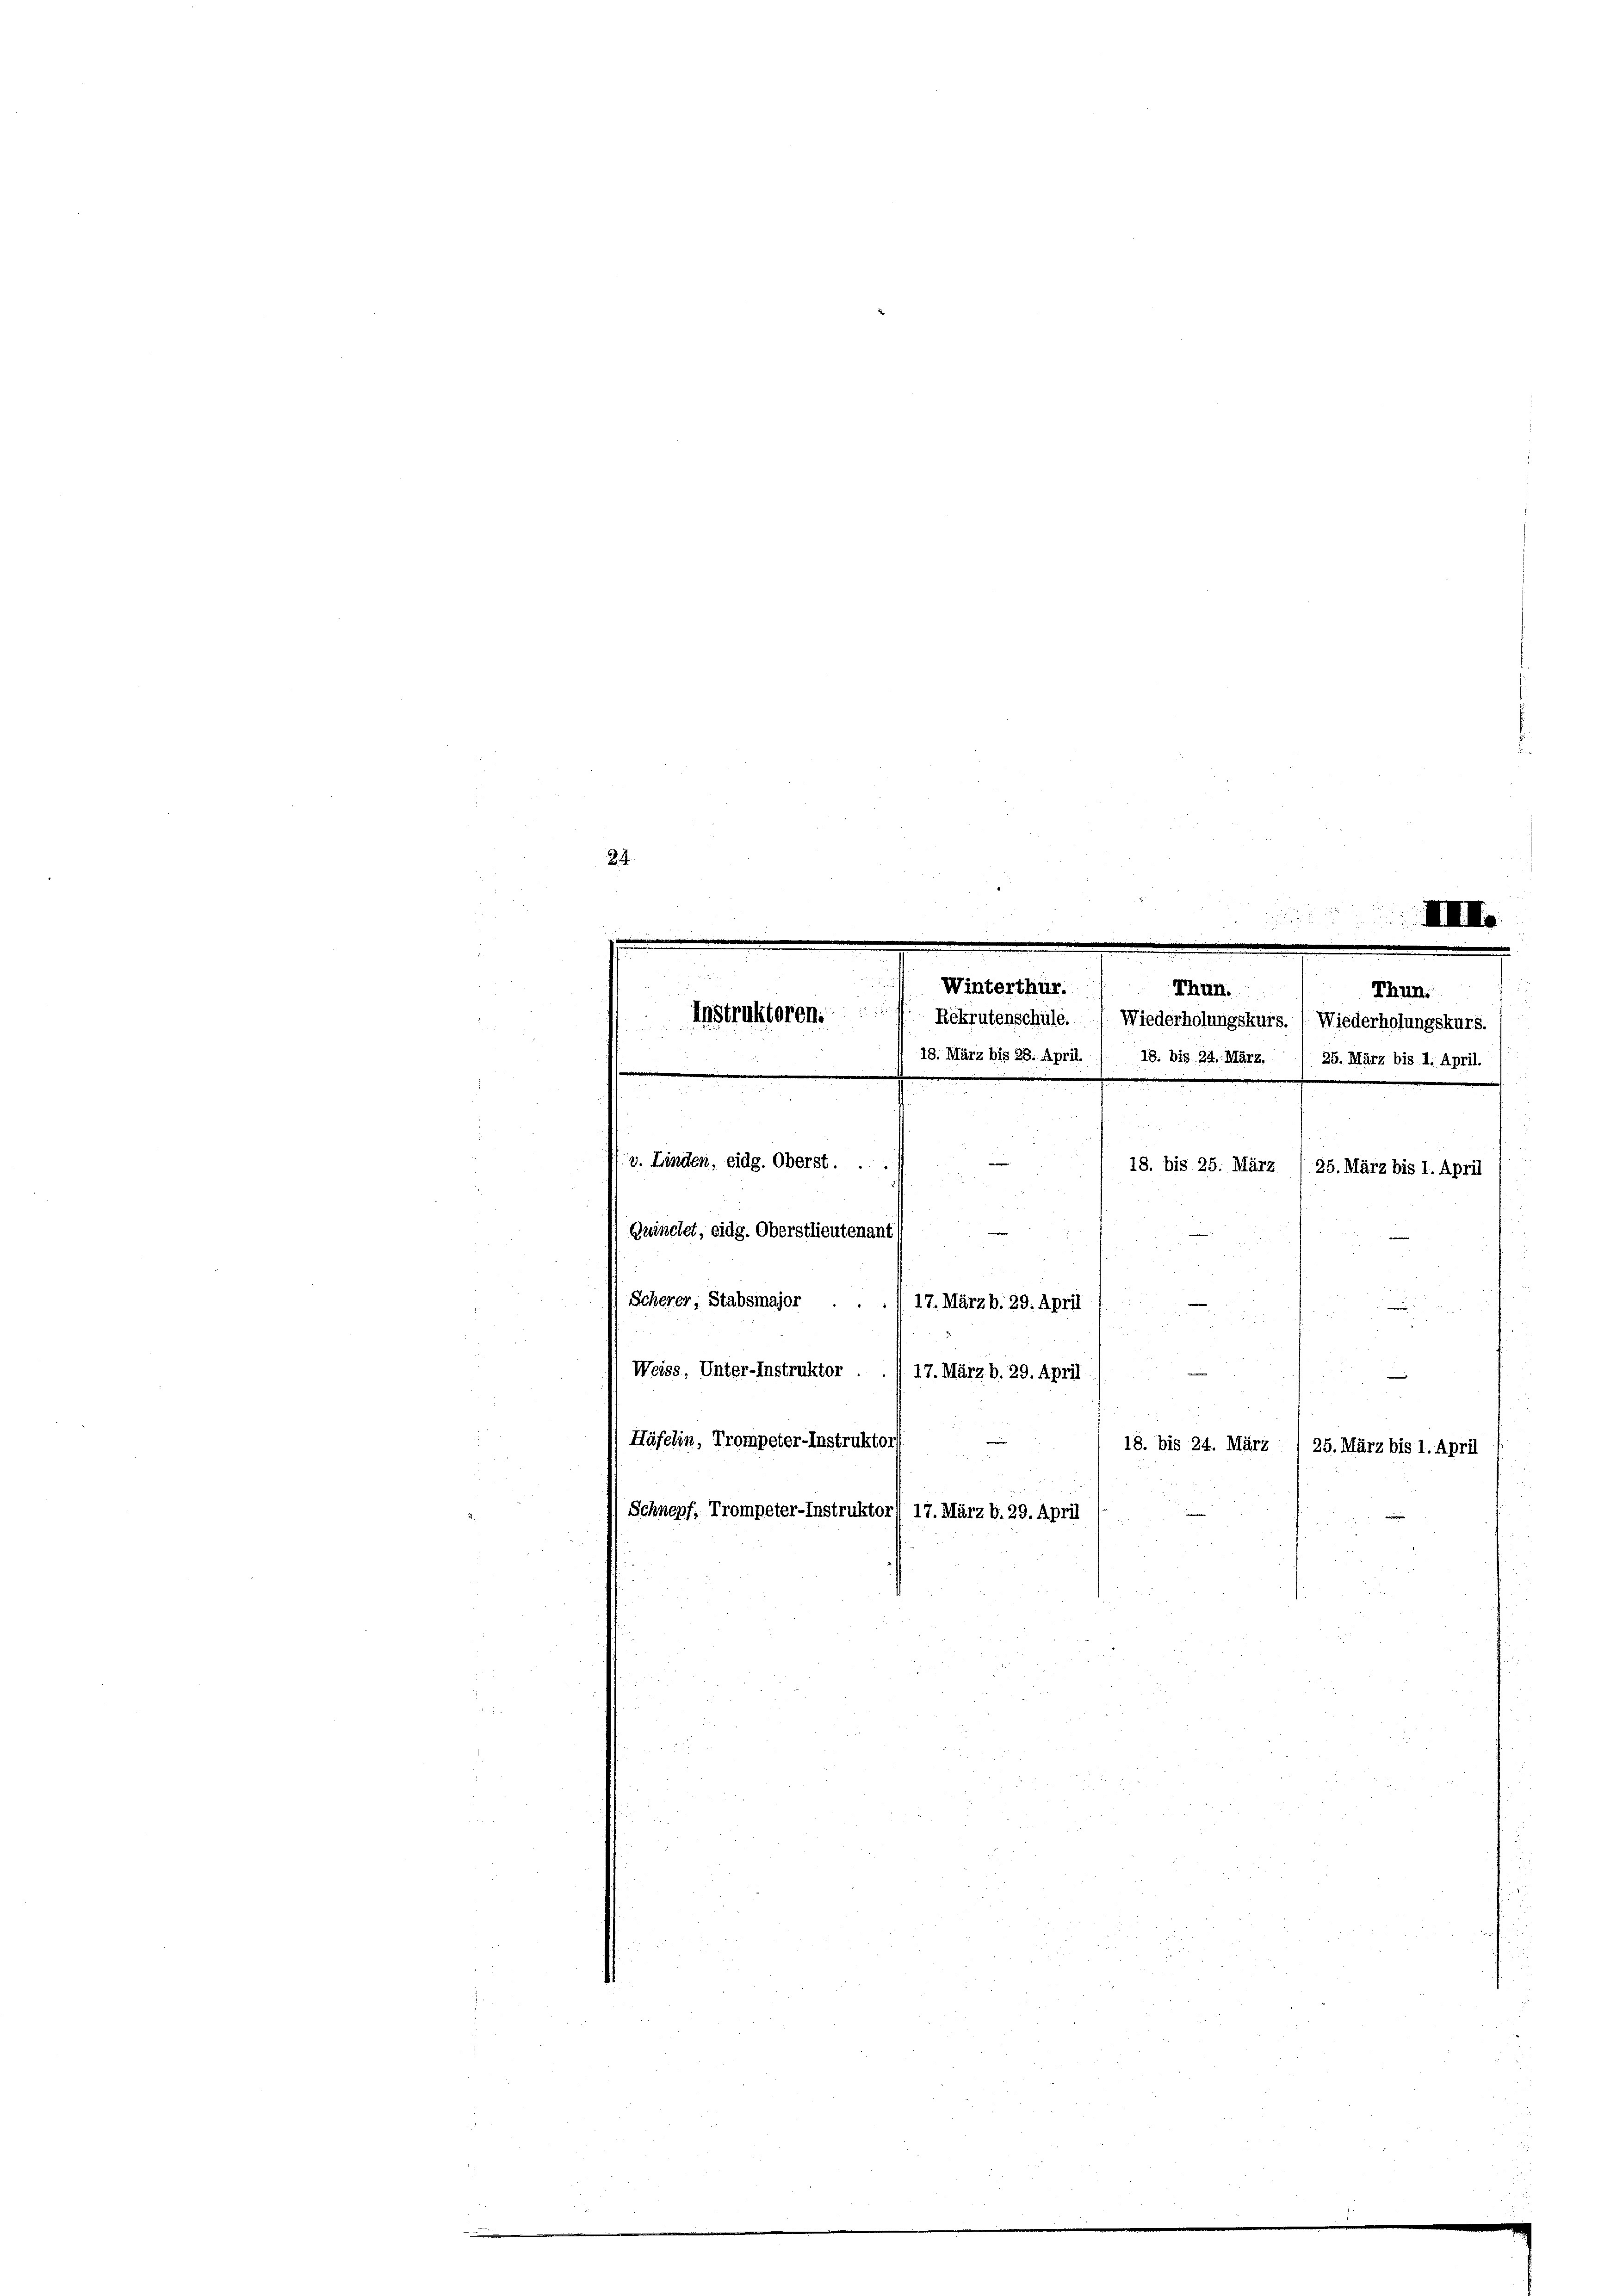
24.

Winterthur.
Thun.
Thun.
¬
Rekrutenschüle. Wiederholungskurs. ) Wiederholungskurs.
18. März bis 28. April. J. 18. bis 24. März. / 25. März bis 1. April.
e
v. Linden, eidg. Oberst . .
18. bis 25. März
25. März bis 1. April
u

Gwinchet, eidg. Oberstlieutenant
Scherer, Stabsmajor
17. März b. 29. April
u
Weiss, Unter-Instruktor .
17. März b. 29. April
Häfelin, Trompeter-Instruktor
18. bis 24. März / 25. März bis 1. April
2
Schnepf, Trompeter-Instruktor) 17. März b. 29. April

Instruktoren.